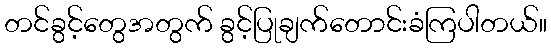
တင်ခွင့်တွေအတွက် ခွင့်ပြုချက်တောင်းခံကြပါတယ်။